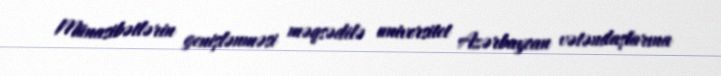
Münasibətlərin genişlənməsi məqsədilə universitet Azərbaycan vətəndaşlarına